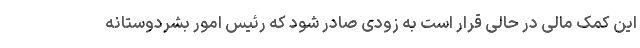
این کمک مالی در حالی قرار است به زودی صادر شود که رئیس امور بشردوستانه